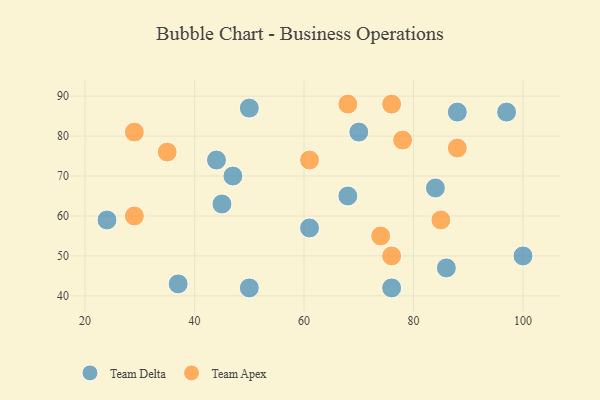
{"axis": {"x": "GDP", "y": "Life Expectancy"}, "legend": ["Team Apex", "Team Delta"], "data": [{"x": "50", "y": 42, "type": "Team Delta"}, {"x": "88", "y": 86, "type": "Team Delta"}, {"x": "76", "y": 42, "type": "Team Delta"}, {"x": "86", "y": 47, "type": "Team Delta"}, {"x": "97", "y": 86, "type": "Team Delta"}, {"x": "84", "y": 67, "type": "Team Delta"}, {"x": "100", "y": 50, "type": "Team Delta"}, {"x": "45", "y": 63, "type": "Team Delta"}, {"x": "50", "y": 87, "type": "Team Delta"}, {"x": "24", "y": 59, "type": "Team Delta"}, {"x": "47", "y": 70, "type": "Team Delta"}, {"x": "61", "y": 57, "type": "Team Delta"}, {"x": "70", "y": 81, "type": "Team Delta"}, {"x": "68", "y": 65, "type": "Team Delta"}, {"x": "37", "y": 43, "type": "Team Delta"}, {"x": "44", "y": 74, "type": "Team Delta"}, {"x": "29", "y": 60, "type": "Team Apex"}, {"x": "76", "y": 88, "type": "Team Apex"}, {"x": "61", "y": 74, "type": "Team Apex"}, {"x": "29", "y": 81, "type": "Team Apex"}, {"x": "78", "y": 79, "type": "Team Apex"}, {"x": "85", "y": 59, "type": "Team Apex"}, {"x": "74", "y": 55, "type": "Team Apex"}, {"x": "88", "y": 77, "type": "Team Apex"}, {"x": "68", "y": 88, "type": "Team Apex"}, {"x": "35", "y": 76, "type": "Team Apex"}, {"x": "76", "y": 50, "type": "Team Apex"}]}